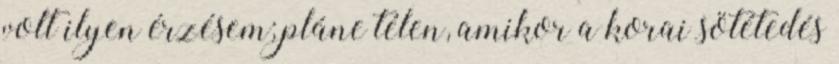
volt ilyen érzésem; pláne télen, amikor a korai sötétedés